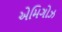
એમિગોઝ